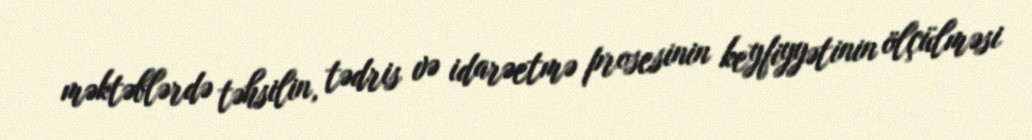
məktəblərdə təhsilin, tədris və idarəetmə prosesinin keyfiyyətinin ölçülməsi